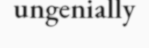
ungenially